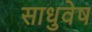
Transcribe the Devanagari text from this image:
साधुवेष